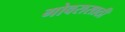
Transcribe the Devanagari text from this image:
गोवरासाठी